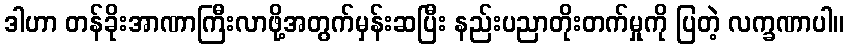
ဒါဟာ တန်ခိုးအာဏာကြီးလာဖို့အတွက်မှန်းဆပြီး နည်းပညာတိုးတက်မှုကို ပြတဲ့ လက္ခဏာပါ။